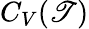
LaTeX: C_{V}(\mathscr{T})